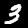
Digit: 3